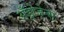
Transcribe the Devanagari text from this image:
अँड्रोजेन्स